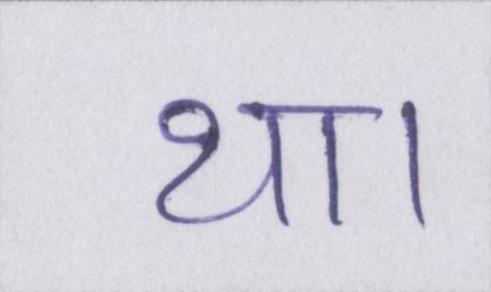
था।